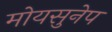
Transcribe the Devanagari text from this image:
मोयसुनेप